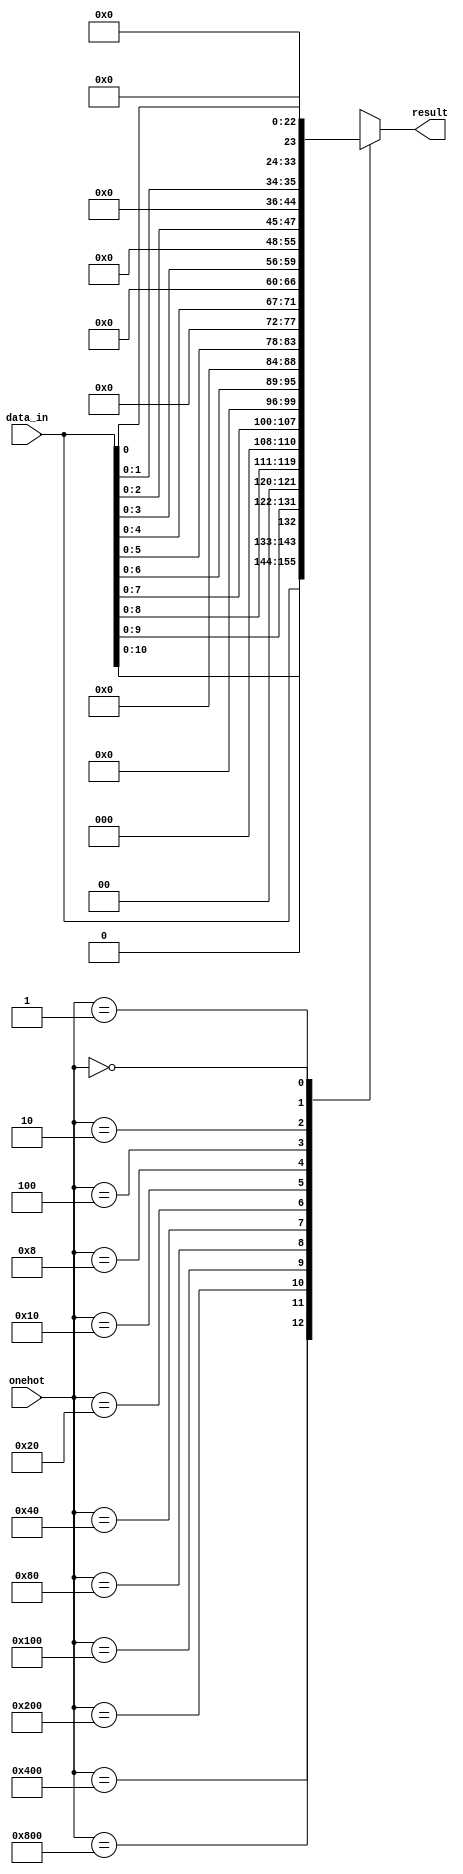
/*Copyright 2019-2021 T-Head Semiconductor Co., Ltd.

Licensed under the Apache License, Version 2.0 (the "License");
you may not use this file except in compliance with the License.
You may obtain a copy of the License at

    http://www.apache.org/licenses/LICENSE-2.0

Unless required by applicable law or agreed to in writing, software
distributed under the License is distributed on an "AS IS" BASIS,
WITHOUT WARRANTIES OR CONDITIONS OF ANY KIND, either express or implied.
See the License for the specific language governing permissions and
limitations under the License.
*/

// &ModuleBeg; @22
module ct_fadd_onehot_sel_h(
  data_in,
  onehot,
  result
);

// &Ports; @23
input   [11:0]  data_in; 
input   [11:0]  onehot;  
output  [11:0]  result;  

// &Regs; @24
reg     [11:0]  result_h; 

// &Wires; @25
wire    [11:0]  data_in; 
wire    [11:0]  onehot;  
wire    [11:0]  result;  


// &Force("bus","data_in",11,0); @27
// &CombBeg; @28
always @( onehot[11:0]
       or data_in[11:0])
begin
case(onehot[11:0])
  12'h800 : result_h[11:0] = data_in[11:0];
  12'h400 : result_h[11:0] = {data_in[10:0],1'b0};
  12'h200 : result_h[11:0] = {data_in[9:0],2'b0};
  12'h100 : result_h[11:0] = {data_in[8:0],2'b0,1'b0};
  12'h080 : result_h[11:0] = {data_in[7:0],2'b0,2'b0};
  12'h040 : result_h[11:0] = {data_in[6:0],2'b0,3'b0};
  12'h020 : result_h[11:0] = {data_in[5:0],2'b0,4'b0};
  12'h010 : result_h[11:0] = {data_in[4:0],2'b0,5'b0};
  12'h008 : result_h[11:0] = {data_in[3:0],2'b0,6'b0};
  12'h004 : result_h[11:0] = {data_in[2:0],2'b0,7'b0};
  12'h002 : result_h[11:0] = {data_in[1:0],2'b0,8'b0};
  12'h001 : result_h[11:0] = {data_in[0],2'b0,9'b0};
  12'h000 : result_h[11:0] = 12'b0;
  default               : result_h[11:0] = {12{1'bx}};
endcase
// &CombEnd; @45
end
assign result[11:0] = result_h[11:0];

// &ModuleEnd; @48
endmodule